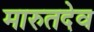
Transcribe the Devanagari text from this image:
मारुतदेव